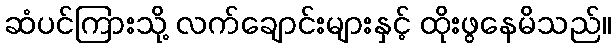
ဆံပင်ကြားသို့ လက်ချောင်းများနှင့် ထိုးဖွနေမိသည်။